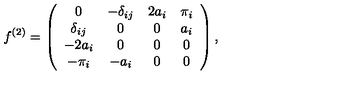
f ^ { ( 2 ) } = \left( \begin{array} { c c c c } { 0 } & { - \delta _ { i j } } & { 2 a _ { i } } & { \pi _ { i } } \\ { \delta _ { i j } } & { 0 } & { 0 } & { a _ { i } } \\ { - 2 a _ { i } } & { 0 } & { 0 } & { 0 } \\ { - \pi _ { i } } & { - a _ { i } } & { 0 } & { 0 } \\ \end{array} \right) ,